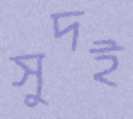
সুদই